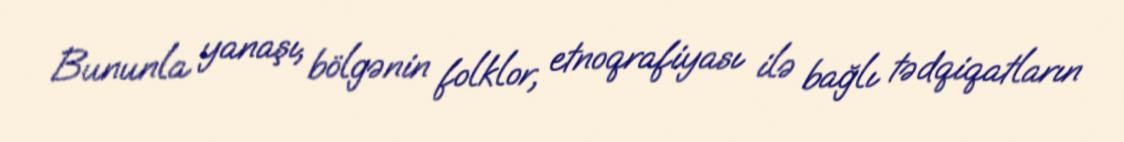
Bununla yanaşı, bölgənin folklor, etnoqrafiyası ilə bağlı tədqiqatların